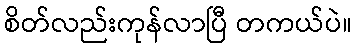
စိတ်လည်းကုန်လာပြီ တကယ်ပဲ။